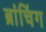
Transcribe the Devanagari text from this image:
ब्रांचिंग